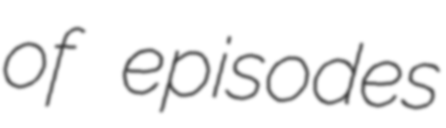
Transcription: of episodes